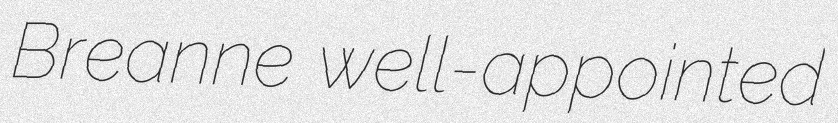
Breanne well-appointed